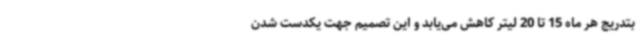
بتدریج هر ماه 15 تا 20 لیتر کاهش می‌یابد و این تصمیم جهت یکدست شدن